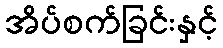
အိပ်စက်ခြင်းနှင့်